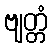
ဗျတ္တံ